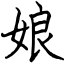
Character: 娘